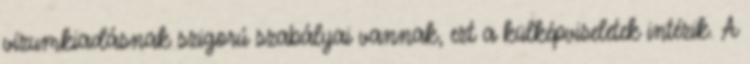
vízumkiadásnak szigorú szabályai vannak, ezt a külképviseletek intézik. A